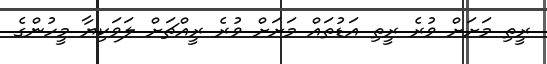
ރީތި މަށަށް ވުރެ ރީތި އަޑުތައް މަށަށް ވުރެ ރީއްޗަށް ލަވަކިޔާ މީހުންގެ